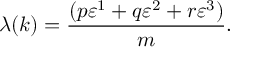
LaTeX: \lambda ( k ) = \frac { ( p \varepsilon ^ { 1 } + q \varepsilon ^ { 2 } + r \varepsilon ^ { 3 } ) } { m } .